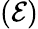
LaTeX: (\mathcal{E})